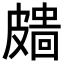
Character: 𥀖